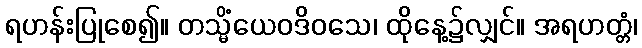
ရဟန်းပြုစေ၍။ တသ္မိံယေဝဒိဝသေ၊ ထိုနေ့၌လျှင်။ အရဟတ္တံ၊